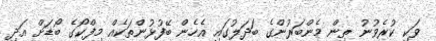
ވަކި ކުރެވުނު ތިން މެންބަރުންގެ ބަދަލުގައި އެހެން ބޭފުޅުންތަކެއް މިފްކޯގެ ބޯޑަށް އަދި